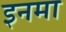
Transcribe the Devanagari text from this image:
इनमा